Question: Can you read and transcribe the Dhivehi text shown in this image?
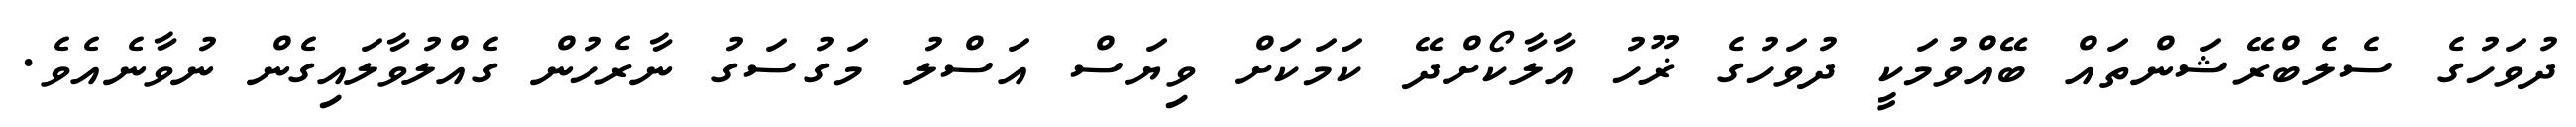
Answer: ދުވަހުގެ ސެލެބްރޭޝަންތައް ބޭއްވުމަކީ ދުވަހުގެ ޜޫހު އާލާކޯށްދޭ ކަމަކަށް ވިޔަސް އަސްލު މަގުސަގު ނާރެހުން ގެއްލުވާލައިގެން ނުވާނެއެވެ.